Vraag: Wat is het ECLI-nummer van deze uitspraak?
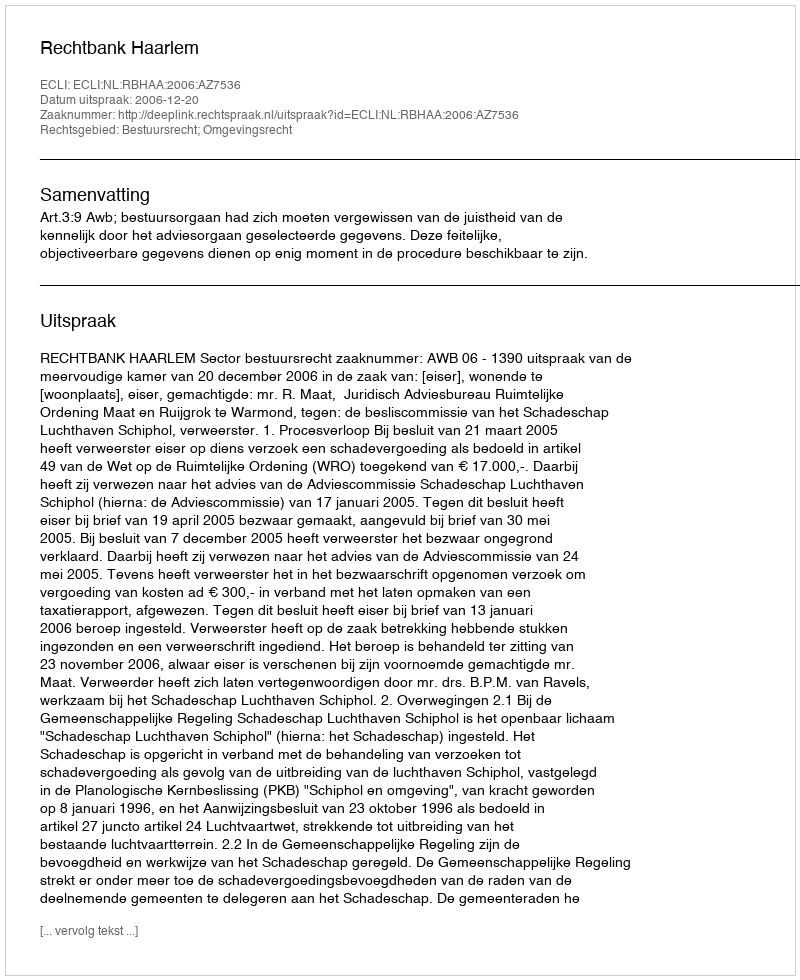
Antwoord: ECLI:NL:RBHAA:2006:AZ7536